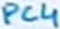
Text: PC4